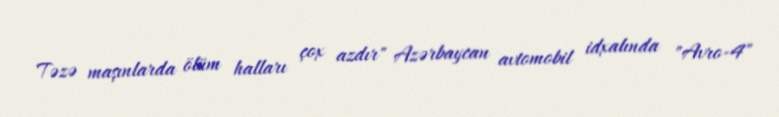
Təzə maşınlarda ölüm halları çox azdır" Azərbaycan avtomobil idxalında "Avro-4"